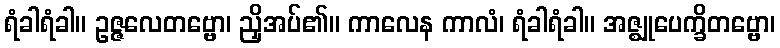
ရံခါရံခါ။ ဥဇ္ဇလေတဗ္ဗော၊ ညှိအပ်၏။ ကာလေန ကာလံ၊ ရံခါရံခါ။ အဇ္ဈုပေက္ခိတဗ္ဗော၊